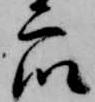
衆